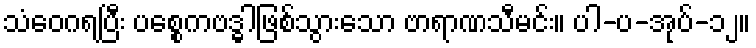
သံဝေဂရပြီး ပစ္စေကဗဒ္ဓါဖြစ်သွားသော ဗာရာဏသီမင်း။ ပါ-ပ-အုပ်-၁၂။